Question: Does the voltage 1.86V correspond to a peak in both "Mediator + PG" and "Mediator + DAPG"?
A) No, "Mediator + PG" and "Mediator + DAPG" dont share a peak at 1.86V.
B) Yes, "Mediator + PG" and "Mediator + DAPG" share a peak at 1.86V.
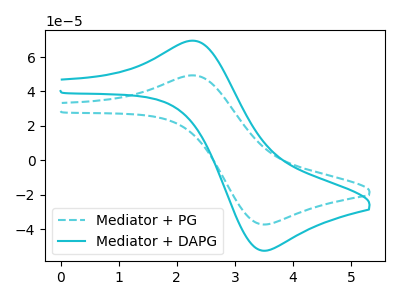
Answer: <think>The cyan dashed curve "Mediator + PG" has an anodic peak at (2.30V, 49.25uA) and a cathodic peak at (3.50V, -37.35uA). The cyan curve "Mediator + DAPG" has an anodic peak at (2.30V, 69.40uA) and a cathodic peak at (3.50V, -52.60uA).</think>
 <answer>A) No, "Mediator + PG" and "Mediator + DAPG" dont share a peak at 1.86V.</answer>
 <eval>A</eval>